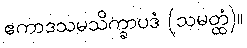
ဧကာဒသမသိက္ခာပဒံ (သမတ္ထံ)။